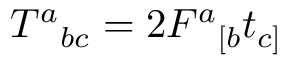
T ^ { a } { } _ { b c } = 2 F ^ { a } { } _ { [ b } t _ { c ] }